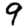
Digit: 9